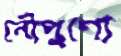
নৌপুণ্যে